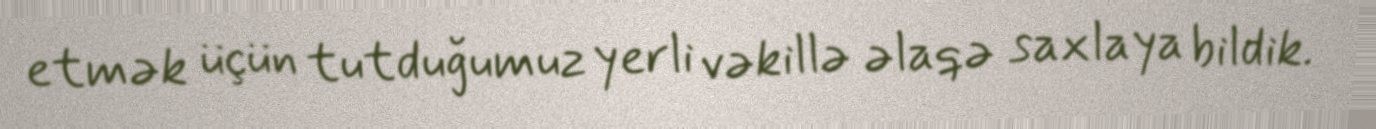
etmək üçün tutduğumuz yerli vəkillə əlaqə saxlaya bildik.